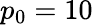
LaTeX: p_{0}=10\